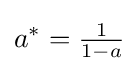
a^{*}={\tfrac {1}{1-a}}